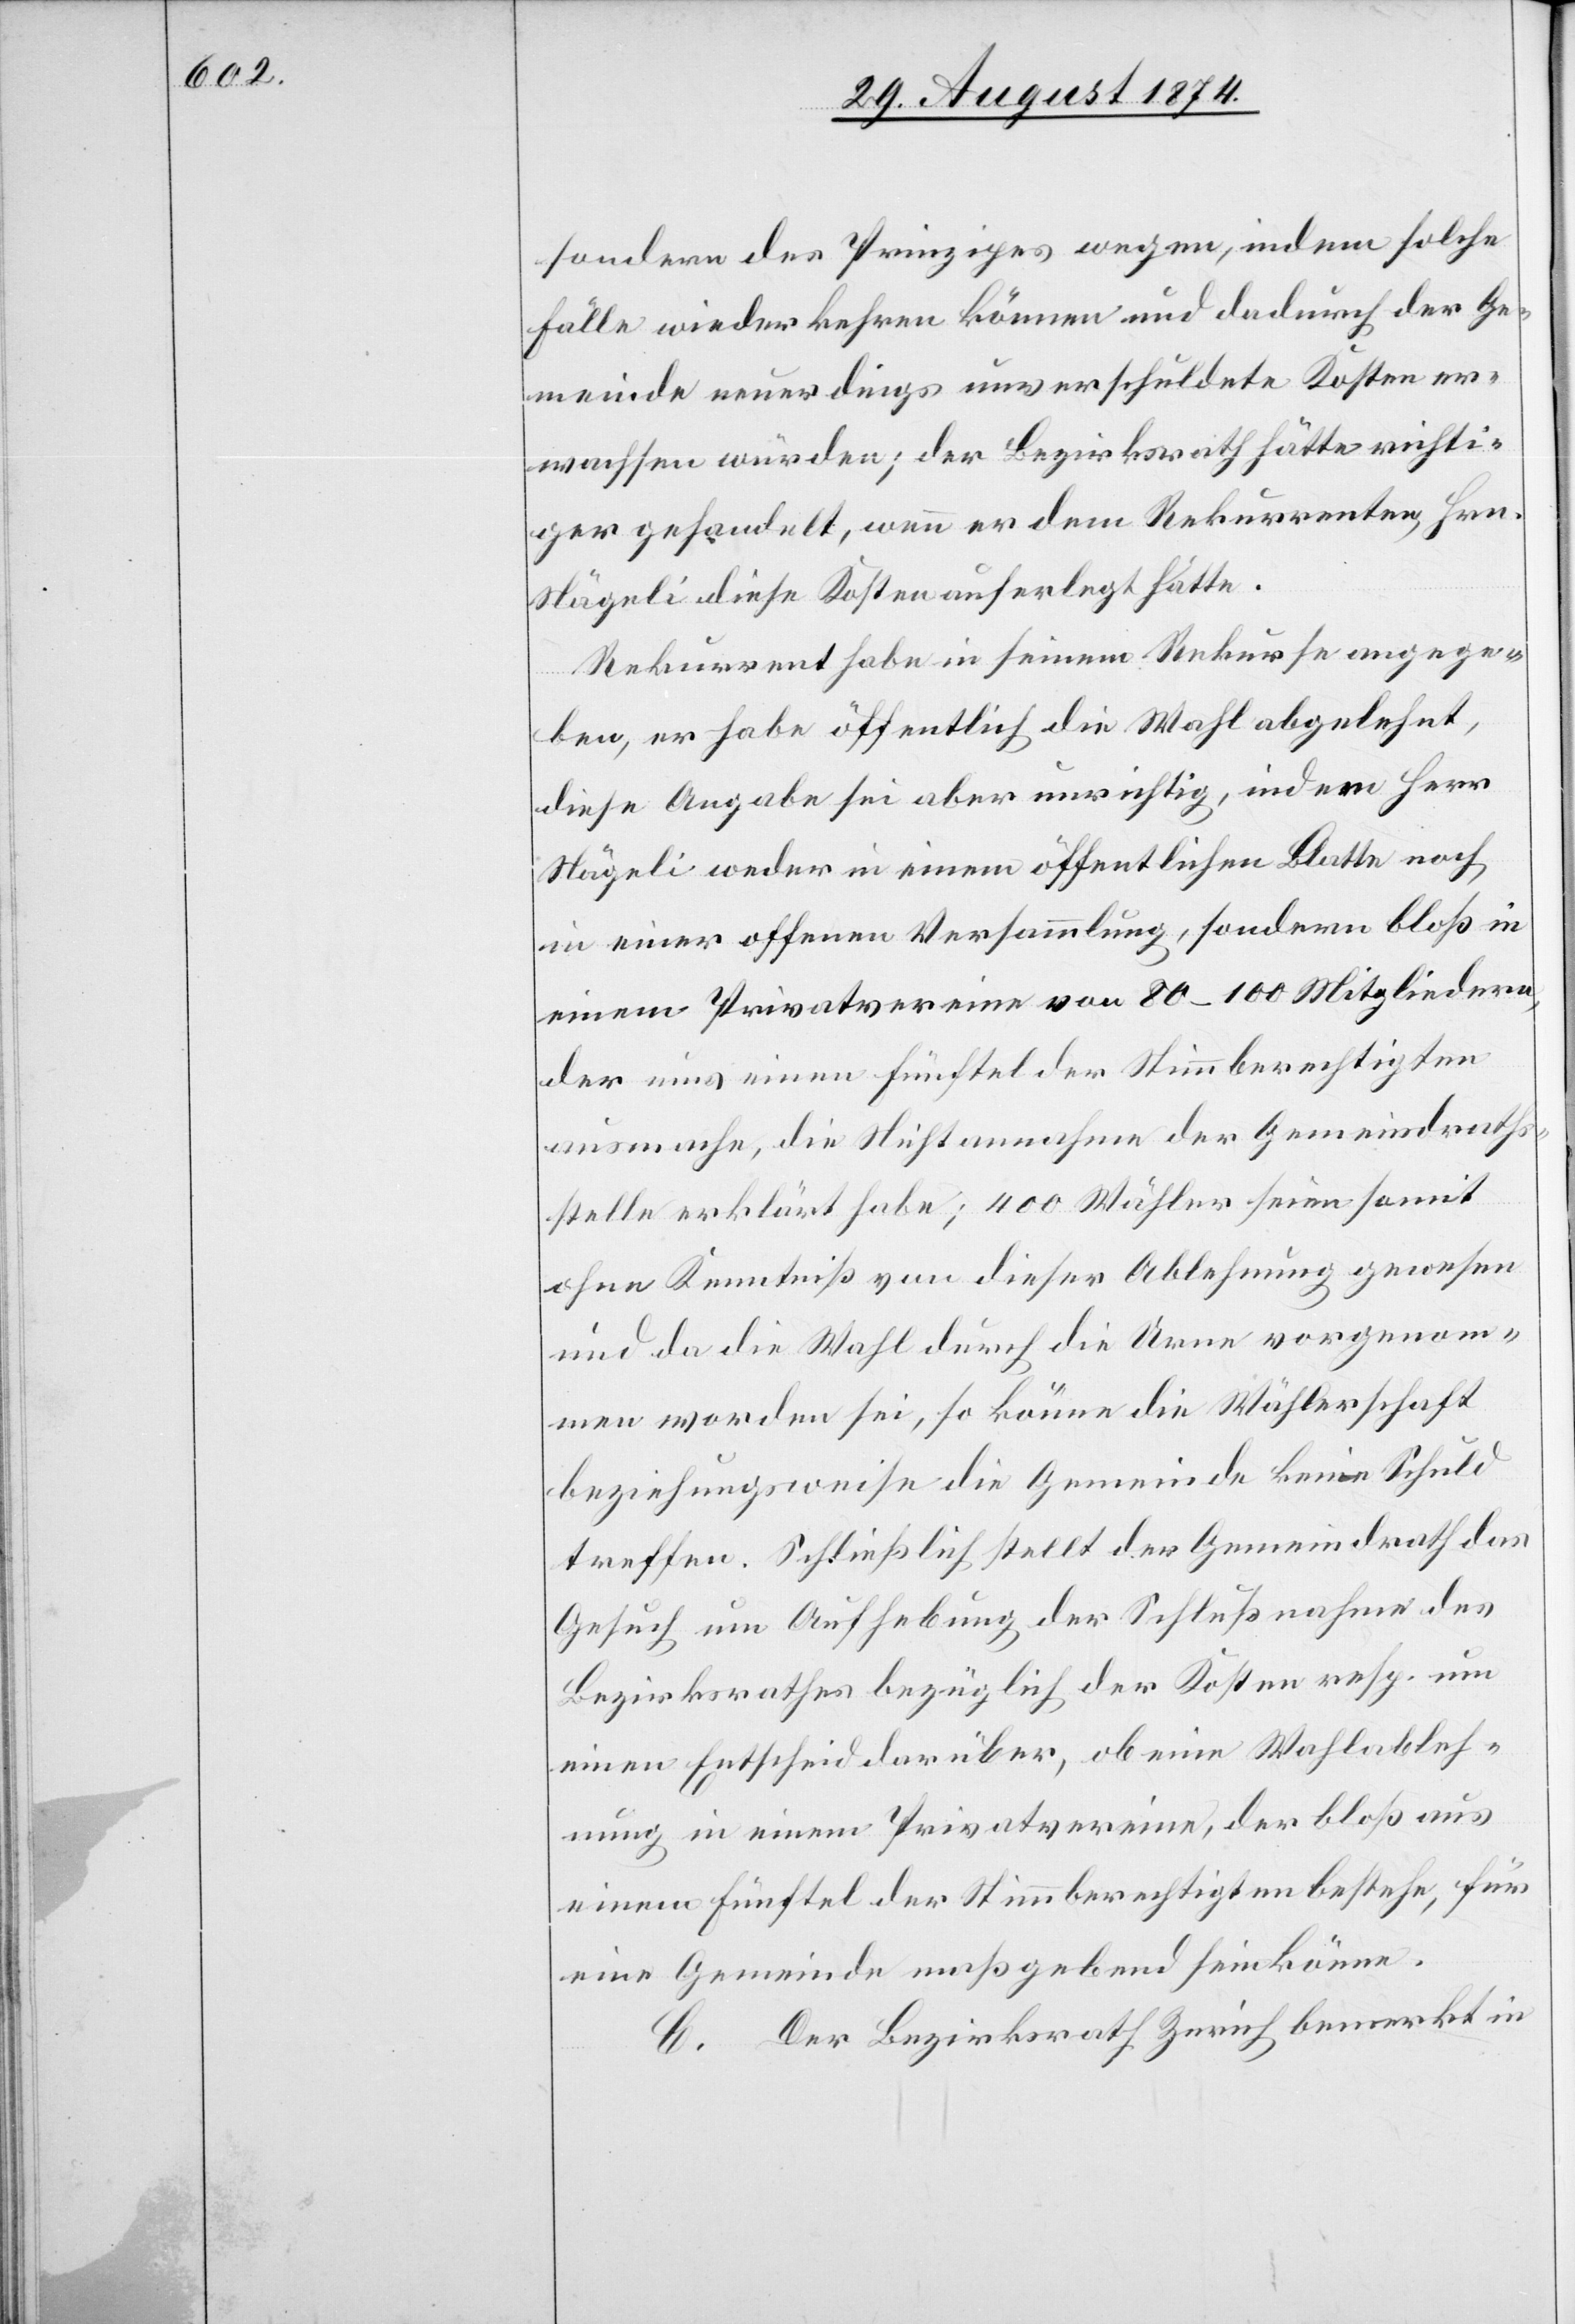
sondern des Prinzipes wegen, indem solche
Fälle wiederkehren können und dadurch der Ge¬
meinde neuerdings unverschuldete Kosten er¬
wachsen würden; der Bezirksrath hätte richti¬
ger gehandelt, wenn er dem Rekurrenten, Hrn.
Nägeli diese Kosten auferlegt hätte.
Rekurrent habe in seinem Rekurse angege¬
ben, er habe öffentlich die Wahl abgelehnt,
diese Angabe sei aber unrichtig, indem Herr
Nägeli weder in einem öffentlichen Blatte noch
in einer offenen Versammlung, sondern bloß in
einem Privatvereine von 80–100 Mitgliedern,
der nur einen Fünftel der Stimmberechtigten
ausmache, die Nichtannahme der Gemeindraths¬
stelle erklärt habe; 400 Wähler seien somit
ohne Kenntniß von dieser Ablehnung gewesen
und da die Wahl durch die Urne vorgenom¬
men worden sei, so könne die Wählerschaft
beziehungsweise die Gemeinde keine Schuld
treffen. Schließlich stellt der Gemeindrath das
Gesuch um Aufhebung der Schlußnahme des
Bezirksrathes bezüglich der Kosten resp. um
einen Entscheid darüber, ob eine Wahlableh¬
nung in einem Privatvereine, der bloß aus
einem Fünftel der Stimmberechtigten bestehe, für
eine Gemeinde maßgebend sein könne.
C. Der Bezirksrath Zürich bemerkt in